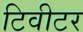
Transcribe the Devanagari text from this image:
टिवीटर